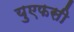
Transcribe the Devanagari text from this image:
युएफसी